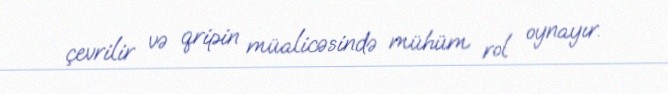
çevrilir və qripin müalicəsində mühüm rol oynayır.